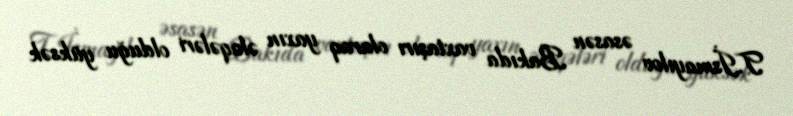
T.İsmayılov əsasən Bakıda vaxtaşırı olaraq yaxın əlaqələri olduğu yüksək